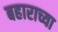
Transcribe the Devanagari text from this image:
बहाराच्या